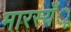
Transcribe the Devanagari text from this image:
मारस्यँू